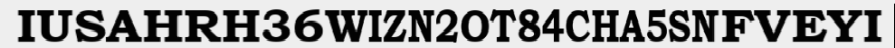
IUSAHRH36WIZN2OT84CHA5SNFVEYI